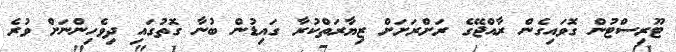
ޓޫރިސްޓުން ގޮވައިގެން ރާއްޖޭގެ ރަށްރަށަށް ޒިޔާރަތްކުރާ ގައިޑުން ބުނާ ގޮތުގައި ދިވެހިންނަށް ވުރެ